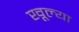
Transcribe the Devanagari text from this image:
खूल्या